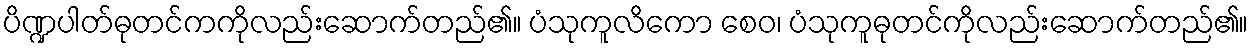
ပိဏ္ဍပါတ်ဓုတင်ကကိုလည်းဆောက်တည်၏။ ပံသုကူလိကော စေဝ၊ ပံသုကူဓုတင်ကိုလည်းဆောက်တည်၏။